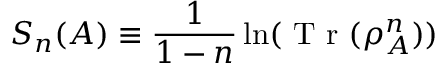
S _ { n } ( A ) \equiv \frac { 1 } { 1 - n } \ln ( \mathrm { ~ T ~ r ~ } ( \rho _ { A } ^ { n } ) )